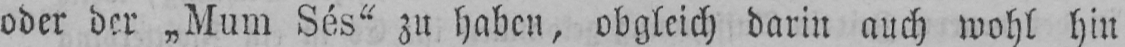
oder der „Mum Sés“ zn haben, obgleich darin auch wohl hin